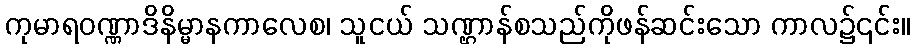
ကုမာရဝဏ္ဏာဒိနိမ္မာနကာလေစ၊ သူငယ် သဏ္ဌာန်စသည်ကိုဖန်ဆင်းသော ကာလ၌၎င်း။